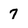
Character: 7